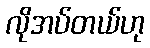
လိုအပ်တယ်ဟု